Leaving Certificate Examination (including Day School Certificate (Higher) General paper), 1935
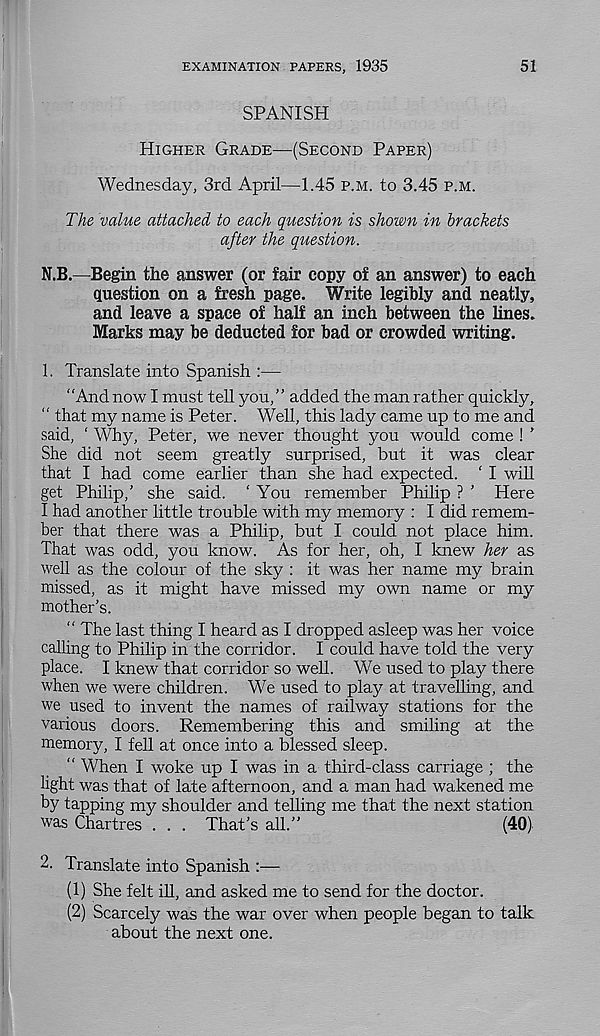
EXAMINATION PAPERS, 1935
51
SPANISH
Higher Grade—(Second Paper)
Wednesday, 3rd April—1.45 p.m. to 3.45 p.m.
The value attached to each question is shown in brackets
after the question.
N.B.—Begin the answer (or fair copy of an answer) to each
question on a fresh page. Write legibly and neatly,
and leave a space of half an inch between the lines.
Marks may be deducted for bad or crowded writing.
1. Translate into Spanish :—
“And now I must tell you,” added the man rather quickly,
“ that my name is Peter. Well, this lady came up to me and
said, ‘ Why, Peter, we never thought you would come ! '
She did not seem greatly surprised, but it was clear
that I had come earlier than she had expected. ' I will
get Philip,’ she said. ‘ You remember Philip ? ’ Here
I had another little trouble with my memory : I did remem-
ber that there was a Philip, but I could not place him.
That was odd, you know. As for her, oh, I knew her as
well as the colour of the sky : it was her name my brain
missed, as it might have missed my own name or my
mother’s.
“ The last thing I heard as I dropped asleep was her voice
calling to Philip in the corridor. I could have told the very
place. I knew that corridor so well. We used to play there
when we were children. We used to play at travelling, and
we used to invent the names of railway stations for the
various doors. Remembering this and smiling at the
memory, I fell at once into a blessed sleep.
“ When I woke up I was in a third-class carriage ; the
light was that of late afternoon, and a man had wakened me
by tapping my shoulder and telling me that the next station
was Chartres . . . That’s all.”
(40)
2. Translate into Spanish :—
(1) She felt ill, and asked me to send for the doctor.
(2) Scarcely was the war over when people began to talk
about the next one.